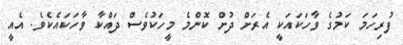
ފުރިހަމަ ކަމުގެ ވާހަކައަކީ އެރަށް ދުށް ކޮންމެ މީހަކުވެސް ދައްކާ ވާހަކައެކެވެ. އެއީ